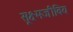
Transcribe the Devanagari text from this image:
सूक्ष्मजीविय